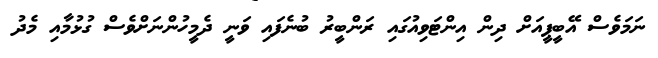
ނަމަވެސް އޭބީޕީއަށް ދިން އިންޓަވިއުގައި ރަންބީރު ބުނެފައި ވަނީ ދެމީހުންނަށްވެސް ގުޅުމާއި މެދު